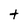
Character: t